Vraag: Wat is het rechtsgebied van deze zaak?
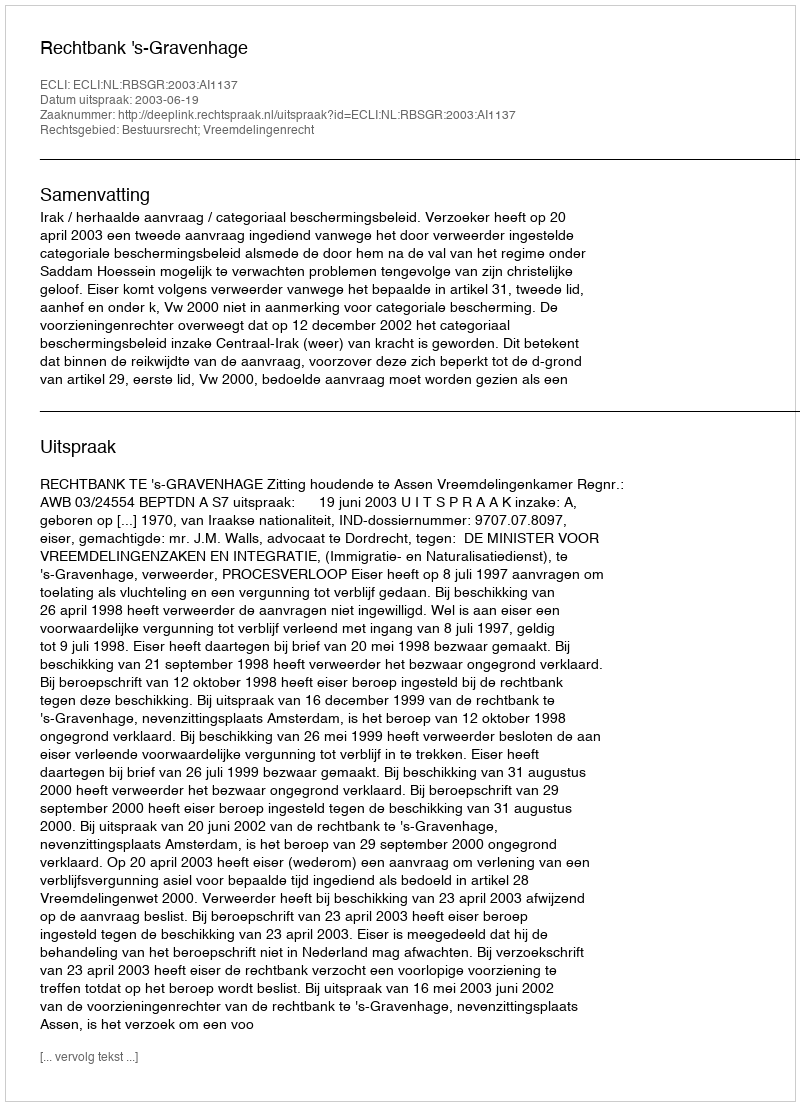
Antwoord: Bestuursrecht; Vreemdelingenrecht